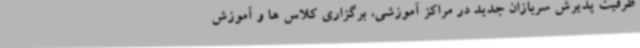
ظرفیت پذیرش سربازان جدید در مراکز آموزشی، برگزاری کلاس ها و آموزش